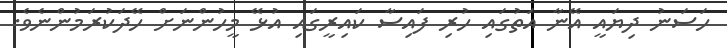
ހަސަނު ދިޔައީ އޭނާ އަތުގައި ހުރި ފައިސާ ކައިރީގައި އުޅޭ މީހުންނަށް ހޭދަކުރަމުންނެވެ.